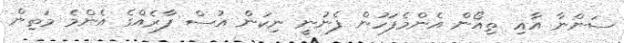
ސަންނާ އާއި ތިއޯން އެންމެފަހުން ފެނުނީ ނިކަން އުސް ފާރެއްގެ އެންމެ މަތިން